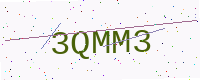
Text: 3QMM3